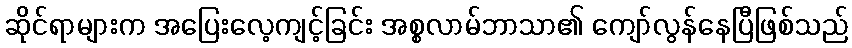
ဆိုင်ရာများက အပြေးလေ့ကျင့်ခြင်း အစ္စလာမ်ဘာသာ၏ ကျော်လွန်နေပြီဖြစ်သည်